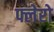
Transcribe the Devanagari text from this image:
फ्लेरो